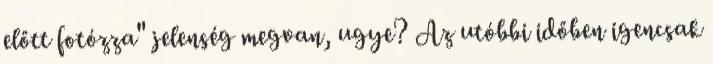
előtt fotózza" jelenség megvan, ugye? Az utóbbi időben igencsak